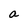
Character: a